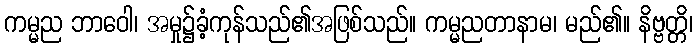
ကမ္မည ဘာဝေါ၊ အမှု၌ခံ့ကုန်သည်၏အဖြစ်သည်။ ကမ္မညတာနာမ၊ မည်၏။ နိဗ္ဗတ္တိ၊